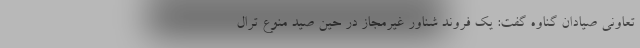
تعاونی صیادان گناوه گفت: یک فروند شناور غیرمجاز در حین صید منوع ترال